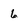
Character: 6